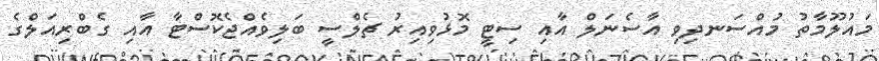
މައުލޫމާތު މުއްސަނދިވި އާސެނަލް އާއި ސިޓީ މޮޅުވިއިރު ޗެލްސީ ބަލިވެއްޖެކޮސްޓާ އާއި ގެބްރިއަލްގެ